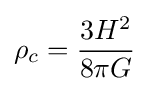
\rho _{c}={\frac {3H^{2}}{8\pi G}}